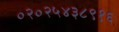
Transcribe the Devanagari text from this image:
०२०२५४३८९१६